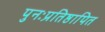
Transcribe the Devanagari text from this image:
पुनःप्रतिष्ठापित